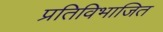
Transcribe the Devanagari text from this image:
प्रतिविभाजित